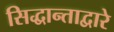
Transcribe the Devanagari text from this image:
सिद्धान्ताद्वारे